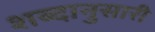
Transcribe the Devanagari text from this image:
शब्दानुसारी